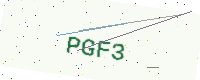
Text: PGF3